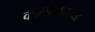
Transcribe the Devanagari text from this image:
कालाब्रियाच्या